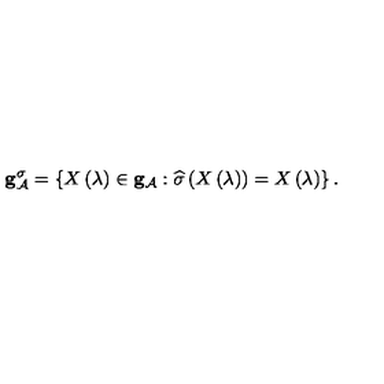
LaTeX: { \bf g } _ { { \cal A } } ^ { \sigma } = \left\{ X \left( \lambda \right) \in { \bf g } _ { { \cal A } } : \widehat { \sigma } \left( X \left( \lambda \right) \right) = X \left( \lambda \right) \right\} .